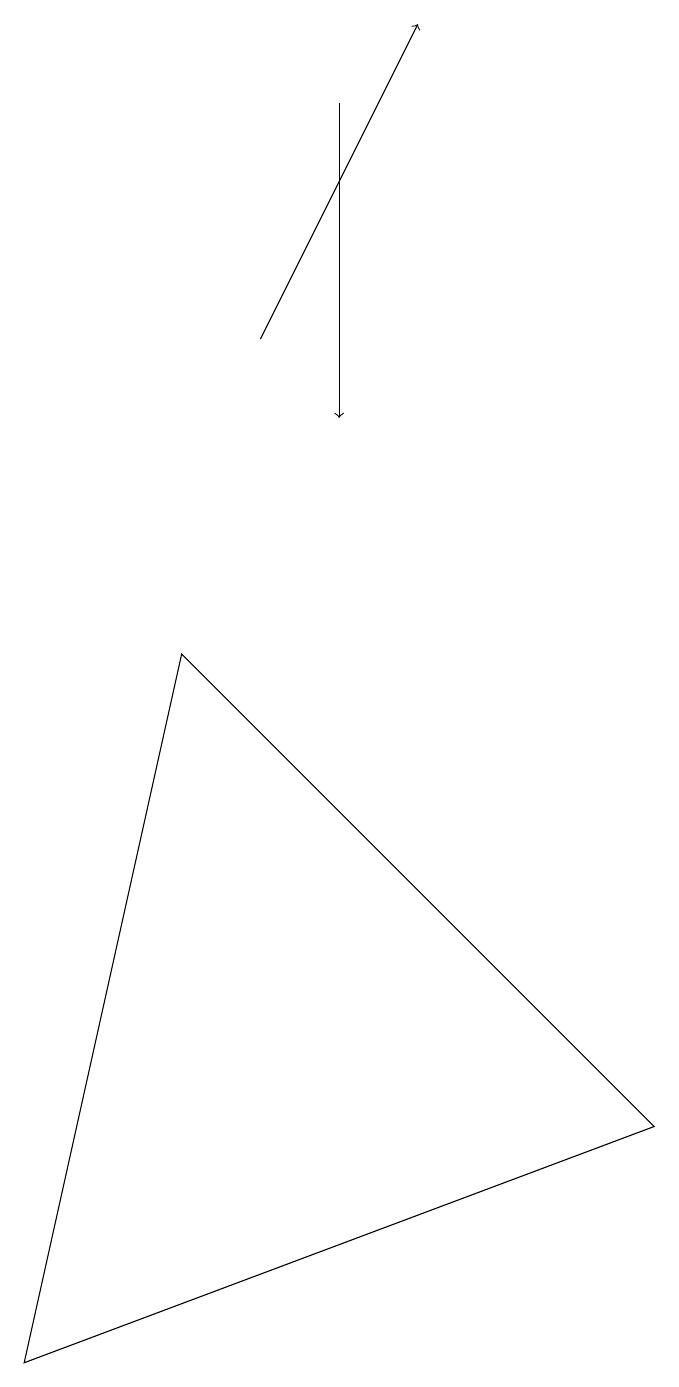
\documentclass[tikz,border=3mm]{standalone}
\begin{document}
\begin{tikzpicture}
\draw (1,0) -- (9,3) -- (3,9) -- cycle;
\draw[->] (4,13) -- (6,17);
\draw[->] (5,16) -- (5,12);
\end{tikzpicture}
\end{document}